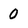
Character: 0